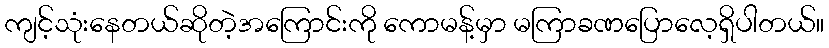
ကျင့်သုံးနေတယ်ဆိုတဲ့အကြောင်းကို ကောမန့်မှာ မကြာခဏပြောလေ့ရှိပါတယ်။